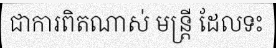
ជាការពិតណាស់ មន្ត្រី ដែលទះ